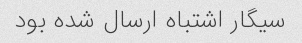
سیگار اشتباه ارسال شده بود